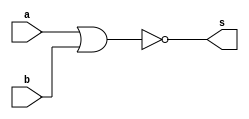
// -------------------------
// Exercicio02
// Nome: Rayan Darwin
// -------------------------

module norgate(output s, input a, input b);
 assign s = ~(a | b);
endmodule

module teste;
 reg x,y;
 wire z;
 
 norgate NOR1 (z,x,y);
 
 initial begin
  x=0; y=0;
  $display("Teste\nx y z");
  $monitor("%b %b %b",x,y,z);
  
  #1 x=0; y=1;
  #1 x=1; y=0;
  #1 x=1; y=1;
 end
 
endmodule